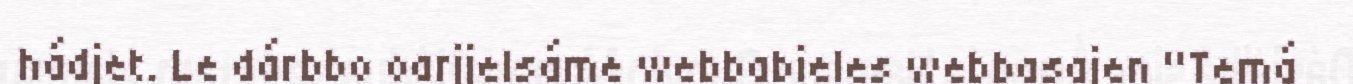
hádjet. Le dárbbo oarjjelsáme webbabieles webbasajen "Temá